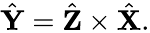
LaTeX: \hat{\textbf{Y}}=\hat{\textbf{Z}}\times\hat{\textbf{X}}.